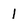
Character: I